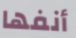
أنفها